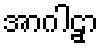
အာဂါဠှာ